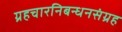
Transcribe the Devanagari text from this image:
ग्रहचारनिबन्धनसंग्रह